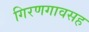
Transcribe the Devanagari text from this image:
गिरणगावसह